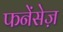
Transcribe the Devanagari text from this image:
फनेंसेज़